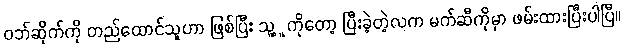
ဝဘ်ဆိုက်ကို တည်ထောင်သူဟာ ဖြစ်ပြီး သူ့ူကိုတော့ ပြီးခဲ့တဲ့လက မက်ဆီကိုမှာ ဖမ်းထားပြီးပါပြီ။